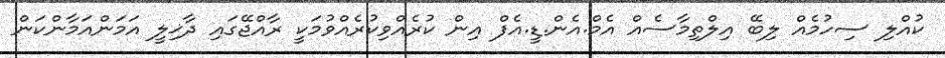
ކުއްލި ސިހުމެއް ލިބޭ އިލްތިމާސެއް އެމް.އެން.ޑީ.އެފް އިން ކުރެއްވިކުރެއްވުމަކީ ރާއްޖޭގައި ދާޚިލީ އަމަންއަމާންކަން